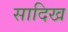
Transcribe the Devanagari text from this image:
सादिख